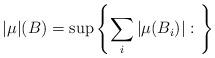
LaTeX: \begin{align*}|\mu|(B)=\sup\left\{\sum_i|\mu(B_i)|:\ \right\}\end{align*}